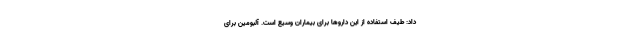
داد: طیف استفاده از این داروها برای بیماران وسیع است. آلبومین برای